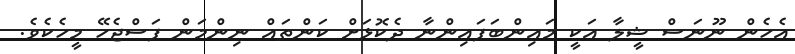
އެހެން ނޫނަސް ޝީލާ އަކީ މައިންބަފައިންނާ ދެކޮޅަށް ކަންތައް ނިންމަން ފަސްޖެހޭ މީހެކެވެ.